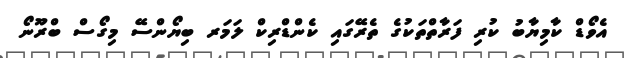
އެވޯޑް ކާމިޔާބު ކުރި ފަރާތްތަކުގެ ތެރޭގައި ކެންޑްރިކް ލަމަރ ބިޔޯންސޭ މިގޯސް ބްރޫނޯ